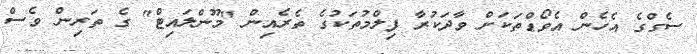
ސެގްގެ އެހެން އެވޯޑްތަކަށް ވާދަކުރާ ފިލްމުތަކުގެ ތެރެއިން "މޫންލައިޓް" ގެ ތަރިން ވެސް